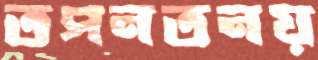
তপনতনয়